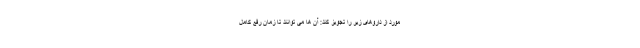
مورد از داروهای زیر را تجویز کند: آن ها می توانند تا زمان رفع کامل